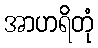
အာဟရိတုံ